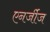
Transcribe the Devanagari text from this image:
एनर्जीज